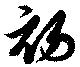
初